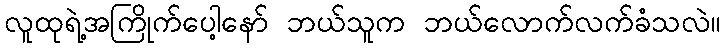
လူထုရဲ့အကြိုက်ပေါ့နော် ဘယ်သူက ဘယ်လောက်လက်ခံသလဲ။